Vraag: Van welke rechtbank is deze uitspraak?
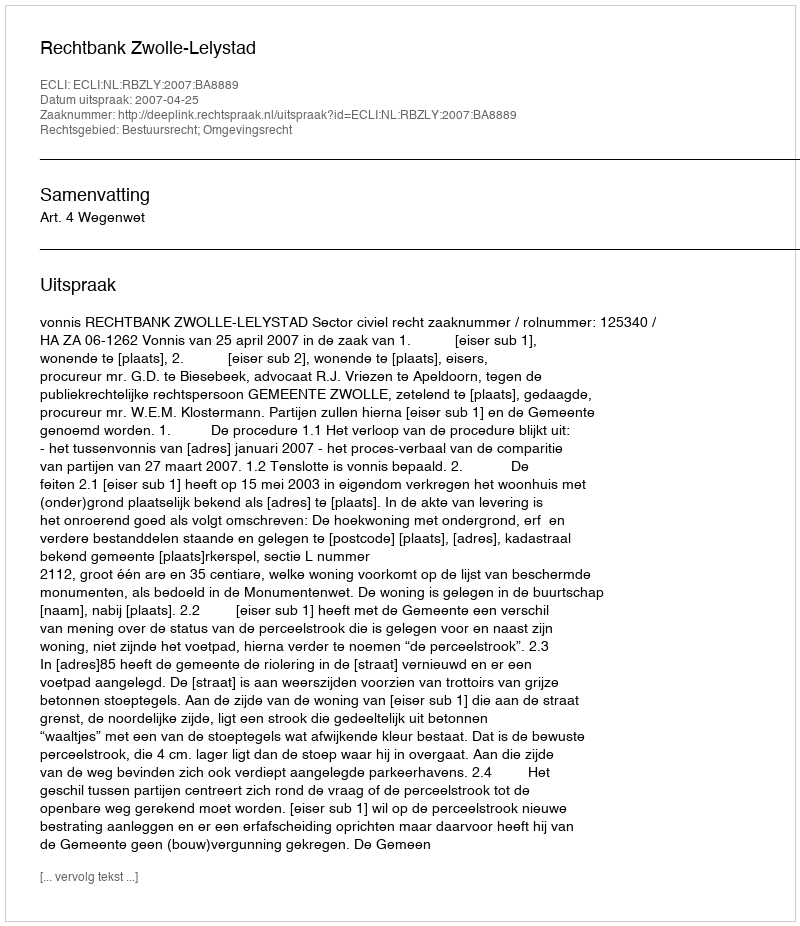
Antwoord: Rechtbank Zwolle-Lelystad